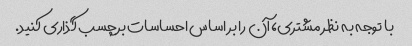
با توجه به نظر مشتری، آن را بر اساس احساسات برچسب گذاری کنید.